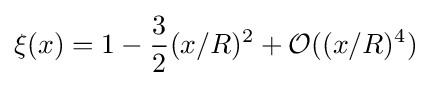
\xi (x)=1-{\frac {3}{2}}(x/R)^{2}+{\mathcal {O}}((x/R)^{4})